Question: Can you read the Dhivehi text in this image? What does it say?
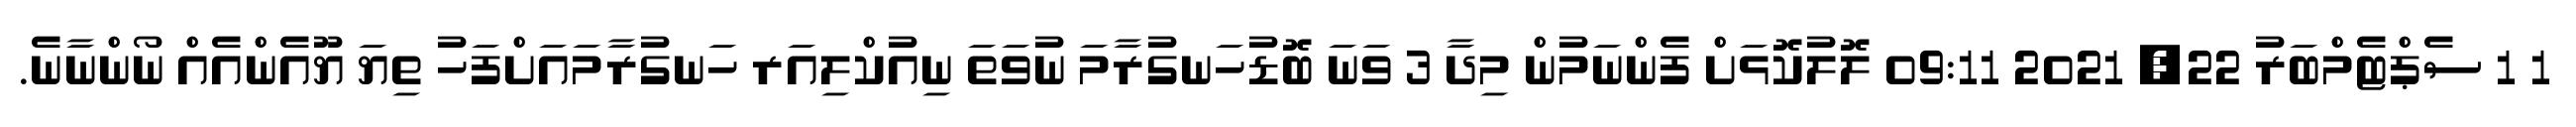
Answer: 1 1 ސެޕްޓެމްބަރު 22, 2021 09:11 ލޮލުކޮޅަށް ފެންނަމުން މިދާ 3 ވަނަ ބޮޑުހަނގުރާމަ ނުވަތަ ނިއުކްލިއަރ ހަނގުރާމައަށްފަހު ތިޔަ ޔޫއެންއެއް ނޯންނާނެ.